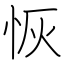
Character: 恢